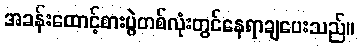
အခန်းထောင့်စားပွဲတစ်လုံးတွင်နေရာချပေးသည်။